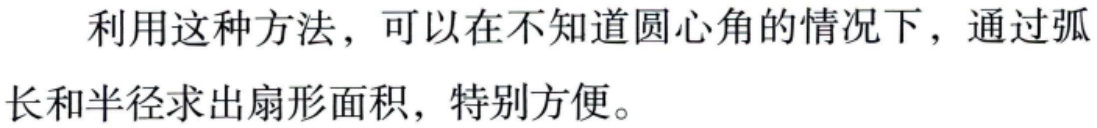
利用这种方法，可以在不知道圆心角的情况下，通过弧长和半径求出扇形面积，特别方便。